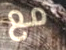
مع